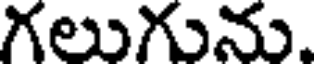
గలుగును.